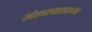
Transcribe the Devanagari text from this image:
खेड्यापाड्याच्या